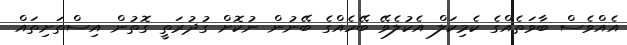
އެއްވެސް ބާވަތެއްގެ ކެމިކަލް އެކުލެވޭ ބޭހެއްގެ ބޭނުން ނުކޮށް ގުދުރަތީ ގޮތުން އިސްތަށިތައް